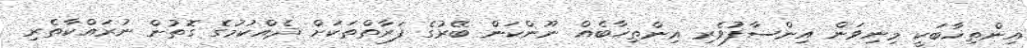
އިންތިޚާބަކީ މިނިވަން އިންސާފުވެރި އިންތިޚާބެއް ނޫންކަން ބޭރުގެ ފަރާތްތަކަށް ދެއްކުމުގެ ގޮތުން ނުރައްކާތެރި